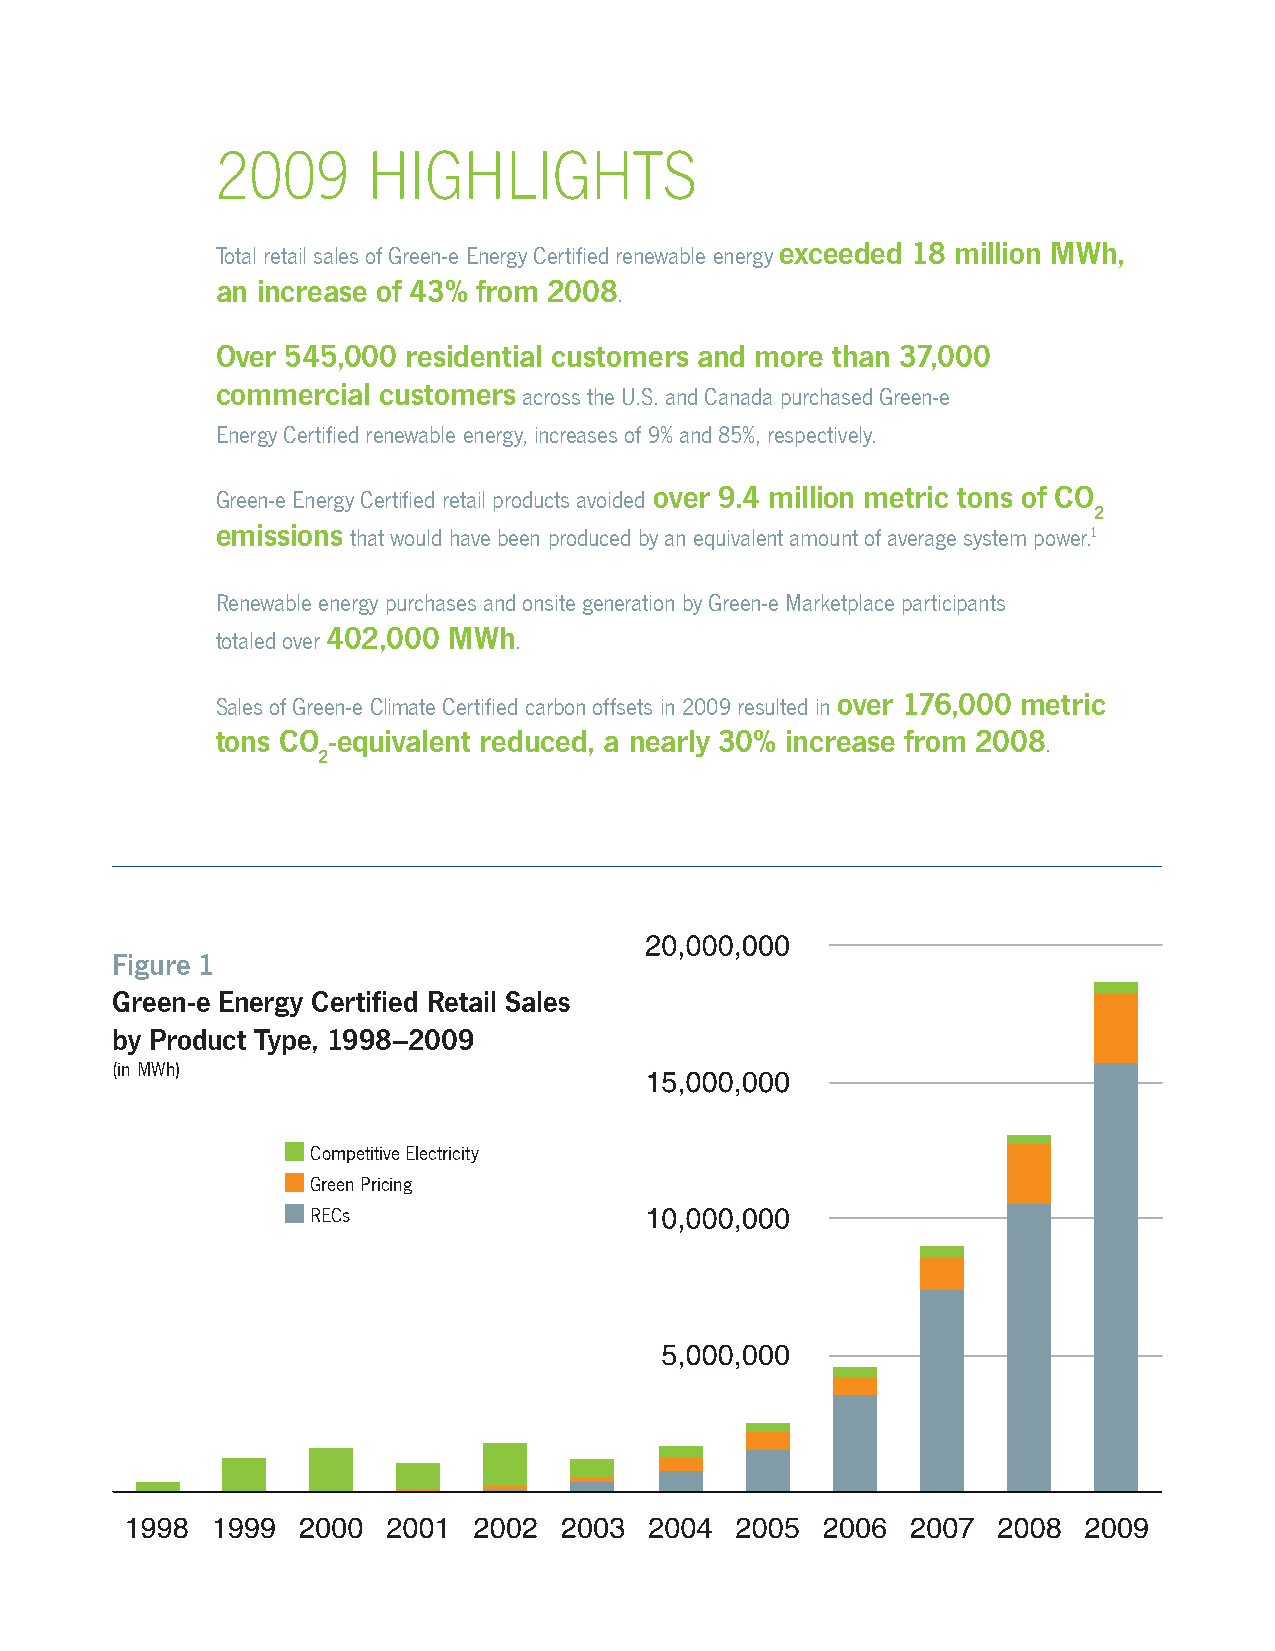
2009      highlights
 Total retail sales of Green‑e Energy Certified renewable energy exceeded 18 million MWh,
 an increase of 43% from 2008.
 Over 545,000 residential customers and more than 37,000
 commercial customers across the U.S. and Canada purchased Green‑e
 Energy Certified renewable energy, increases of 9% and 85%, respectively.
 Green‑e Energy Certified retail products avoided over 9.4 million metric tons of CO
 2
 emissions that would have been produced by an equivalent amount of average system power.1
 Renewable energy purchases and onsite generation by Green‑e Marketplace participants
 totaled over 402,000 MWh.
 Sales of Green‑e Climate Certified carbon offsets in 2009 resulted in over 176,000 metric
 tons CO ‑equivalent reduced, a nearly 30% increase from 2008.
 2
 Figure 1
 Green‑e Energy Certified Retail Sales
 by Product Type, 1998–2009
 (in MWh)
 Competitive Electricity
 Green Pricing
 RECs